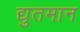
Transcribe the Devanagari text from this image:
द्युतमान